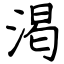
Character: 渇